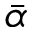
\Bar { \alpha }